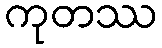
ကုတဿ